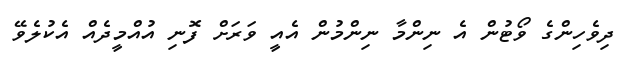
ދިވެހިންގެ ވޯޓުން އެ ނިންމާ ނިންމުން އެއީ ވަރަށް ފޮނި އުއްމީދެއް އެކުލެވޭ